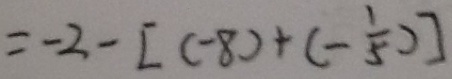
= - 2 - [ ( - 8 ) + ( - \frac { 1 } { 5 } ) ]